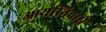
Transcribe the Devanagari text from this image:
आर्यानिवासे